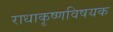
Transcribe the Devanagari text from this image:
राधाकृष्णविषयक